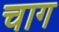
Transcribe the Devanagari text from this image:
चाग